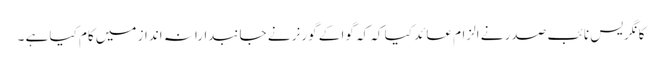
کانگریس نائب صدر نے الزام عائد کیا کہ کہ گوا کے گورنر نے جانبدارانہ انداز میں کام کیا ہے ۔